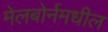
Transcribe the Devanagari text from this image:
मेलबोर्नमधील